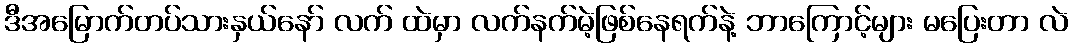
ဒီအမြောက်တပ်သားနှယ်နော် လက် ထဲမှာ လက်နက်မဲ့ဖြစ်နေရက်နဲ့ ဘာကြောင့်များ မပြေးတာ လဲ